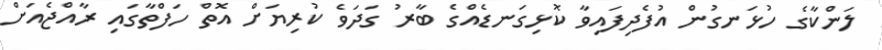
ލަންކާގެ ހުޅަނގުން އުފެދިފައިވާ ކޮޅިގަނޑެއްގެ ބާރު ގަދަވެ ކުރިޔަށް އޮތް ހަފްތާގައި ރާއްޖެއަށް